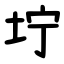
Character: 坾